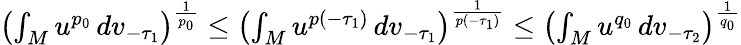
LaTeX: \begin{array}{r}{\left(\int_{M}u^{p_{0}}\, dv_{-\tau_{1}}\right)^{\frac{1}{p_{0}}}\le\left(\int_{M}u^{p(-\tau_{1})}\, dv_{-\tau_{1}}\right)^{\frac{1}{p(-\tau_{1})}}\le\left(\int_{M}u^{q_{0}}\, dv_{-\tau_{2}}\right)^{\frac{1}{q_{0}}}}\end{array}